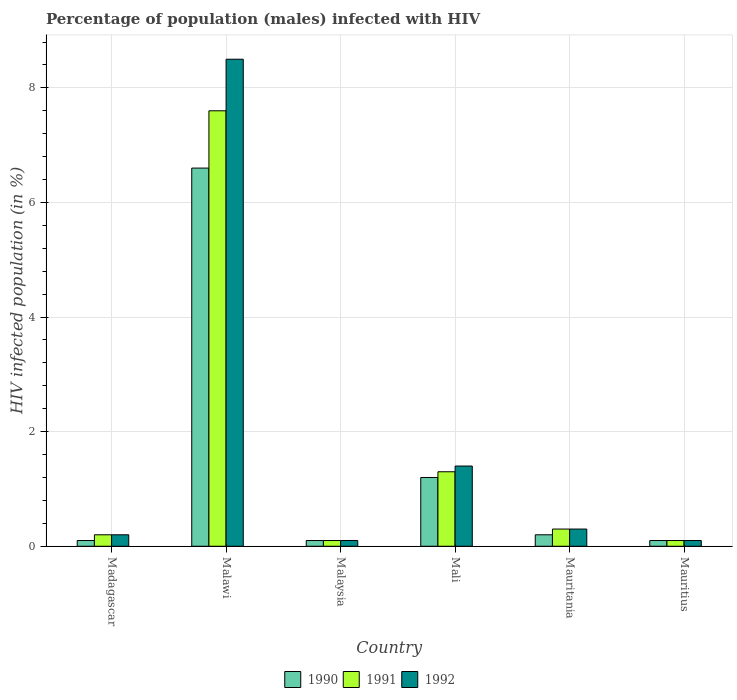
| Country | 1990 | 1991 | 1992 |
 | --- | --- | --- | --- |
 | Madagascar | 0.1 | 0.2 | 0.2 |
 | Malawi | 6.6 | 7.6 | 8.5 |
 | Malaysia | 0.1 | 0.1 | 0.1 |
 | Mali | 1.2 | 1.3 | 1.4 |
 | Mauritania | 0.2 | 0.3 | 0.3 |
 | Mauritius | 0.1 | 0.1 | 0.1 |